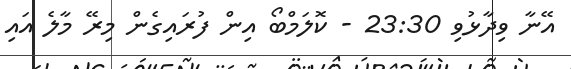
އޭނާ ވިދާޅުވި 23:30 - ކޮލަމްބޯ އިން ފުރައިގެން މިރޭ މާލެ އައި